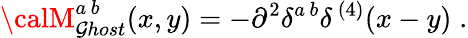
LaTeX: {\calM}_{\mathcal{G}host}^{a\, b}(x,y)=-\partial^{2}\delta^{a\, b}\delta^{\, (4)}(x-y)\; .